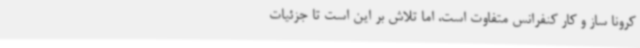
کرونا ساز و کار کنفرانس متفاوت است، اما تلاش بر این است تا جزئیات